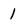
Character: 1